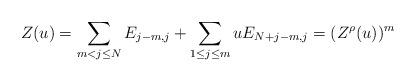
LaTeX: \begin{align*}Z(u) = \sum_{m< j\le N} E_{j-m,j} + \sum_{1\le j \le m} u E_{N+j-m,j} = (Z^{\rho}(u))^m\end{align*}